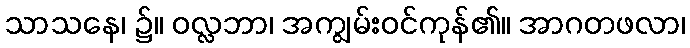
သာသနေ၊ ၌။ ဝလ္လဘာ၊ အကျွမ်းဝင်ကုန်၏။ အာဂတဖလာ၊